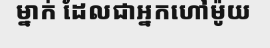
ម្នាក់ ដែលជាអ្នកហៅម៉ូយ